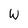
Character: W